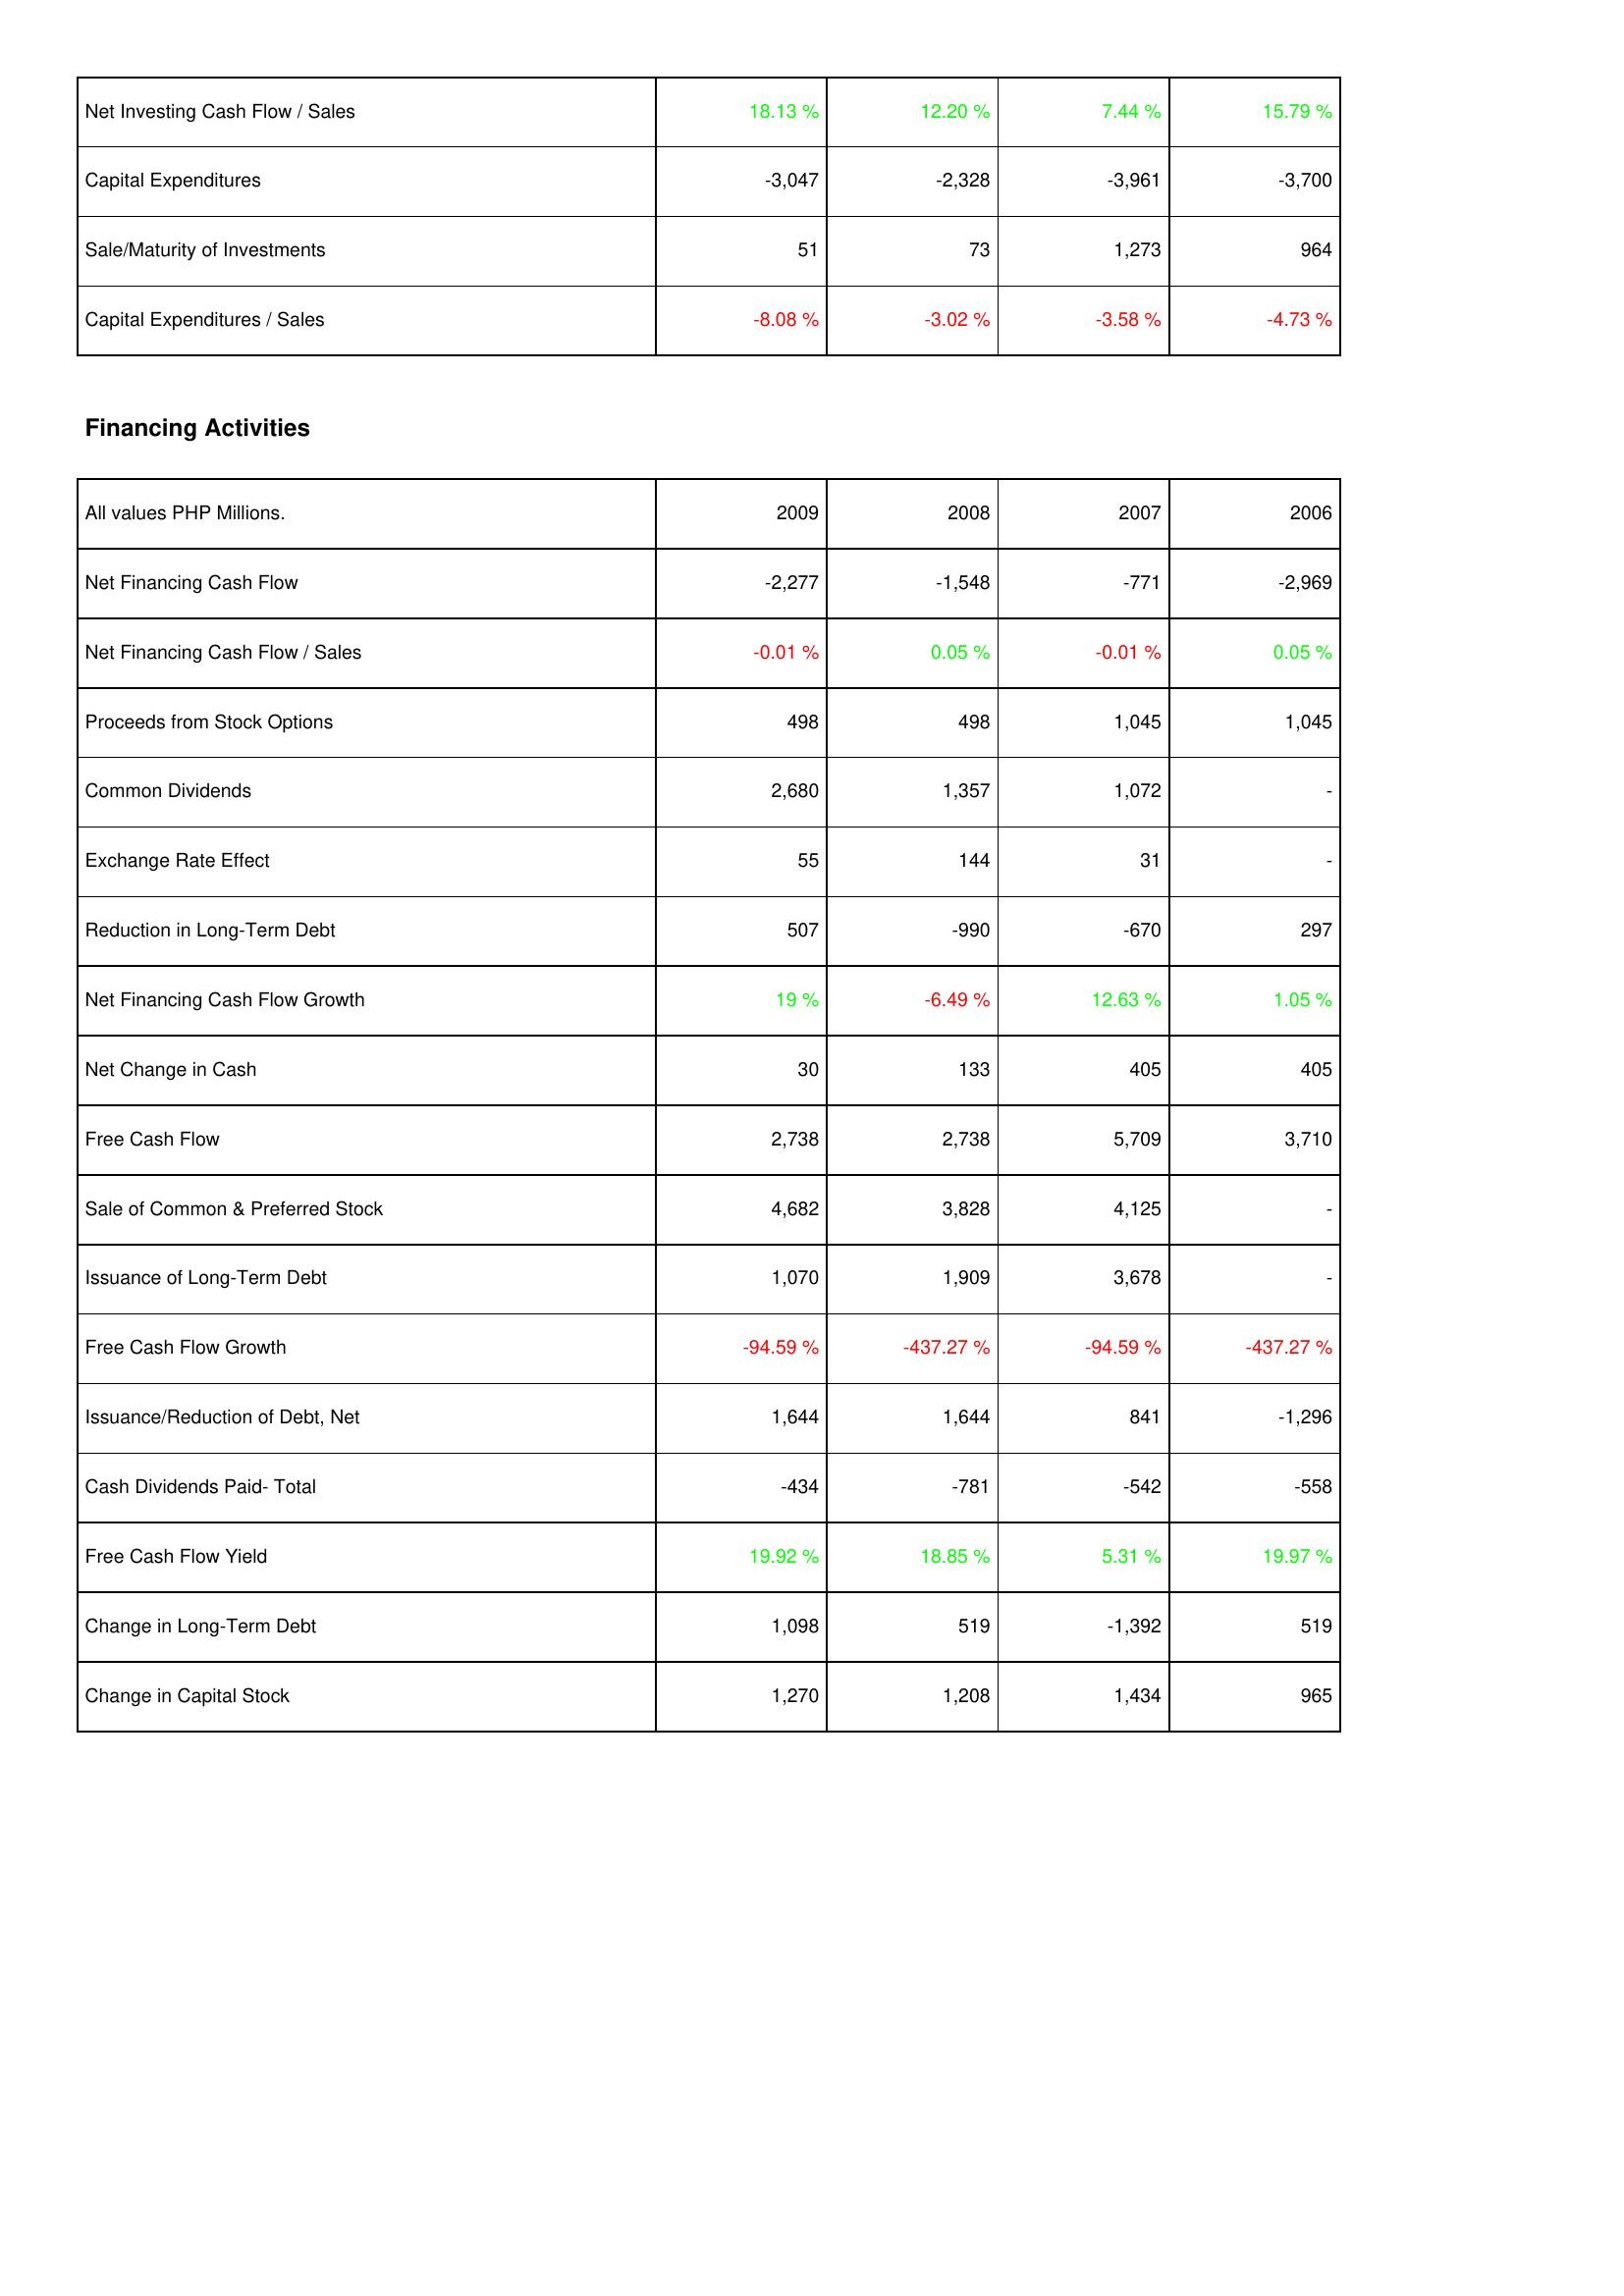
2009: Investing Activities: Net Investing Cash Flow / Sales: 18.13 %
Capital Expenditures: -3,047
Sale/Maturity of Investments: 51
Capital Expenditures / Sales: -8.08 %
Financing Activities: Net Financing Cash Flow: -2,277
Net Financing Cash Flow / Sales: -0.01 %
Proceeds from Stock Options: 498
Common Dividends: 2,680
Exchange Rate Effect: 55
Reduction in Long-Term Debt: 507
Net Financing Cash Flow Growth: 19 %
Net Change in Cash: 30
Free Cash Flow: 2,738
Sale of Common & Preferred Stock: 4,682
Issuance of Long-Term Debt: 1,070
Free Cash Flow Growth: -94.59 %
Issuance/Reduction of Debt, Net: 1,644
Cash Dividends Paid- Total: -434
Free Cash Flow Yield: 19.92 %
Change in Long-Term Debt: 1,098
Change in Capital Stock: 1,270
2008: Investing Activities: Net Investing Cash Flow / Sales: 12.20 %
Capital Expenditures: -2,328
Sale/Maturity of Investments: 73
Capital Expenditures / Sales: -3.02 %
Financing Activities: Net Financing Cash Flow: -1,548
Net Financing Cash Flow / Sales: 0.05 %
Proceeds from Stock Options: 498
Common Dividends: 1,357
Exchange Rate Effect: 144
Reduction in Long-Term Debt: -990
Net Financing Cash Flow Growth: -6.49 %
Net Change in Cash: 133
Free Cash Flow: 2,738
Sale of Common & Preferred Stock: 3,828
Issuance of Long-Term Debt: 1,909
Free Cash Flow Growth: -437.27 %
Issuance/Reduction of Debt, Net: 1,644
Cash Dividends Paid- Total: -781
Free Cash Flow Yield: 18.85 %
Change in Long-Term Debt: 519
Change in Capital Stock: 1,208
2007: Investing Activities: Net Investing Cash Flow / Sales: 7.44 %
Capital Expenditures: -3,961
Sale/Maturity of Investments: 1,273
Capital Expenditures / Sales: -3.58 %
Financing Activities: Net Financing Cash Flow: -771
Net Financing Cash Flow / Sales: -0.01 %
Proceeds from Stock Options: 1,045
Common Dividends: 1,072
Exchange Rate Effect: 31
Reduction in Long-Term Debt: -670
Net Financing Cash Flow Growth: 12.63 %
Net Change in Cash: 405
Free Cash Flow: 5,709
Sale of Common & Preferred Stock: 4,125
Issuance of Long-Term Debt: 3,678
Free Cash Flow Growth: -94.59 %
Issuance/Reduction of Debt, Net: 841
Cash Dividends Paid- Total: -542
Free Cash Flow Yield: 5.31 %
Change in Long-Term Debt: -1,392
Change in Capital Stock: 1,434
2006: Investing Activities: Net Investing Cash Flow / Sales: 15.79 %
Capital Expenditures: -3,700
Sale/Maturity of Investments: 964
Capital Expenditures / Sales: -4.73 %
Financing Activities: Net Financing Cash Flow: -2,969
Net Financing Cash Flow / Sales: 0.05 %
Proceeds from Stock Options: 1,045
Common Dividends: -
Exchange Rate Effect: -
Reduction in Long-Term Debt: 297
Net Financing Cash Flow Growth: 1.05 %
Net Change in Cash: 405
Free Cash Flow: 3,710
Sale of Common & Preferred Stock: -
Issuance of Long-Term Debt: -
Free Cash Flow Growth: -437.27 %
Issuance/Reduction of Debt, Net: -1,296
Cash Dividends Paid- Total: -558
Free Cash Flow Yield: 19.97 %
Change in Long-Term Debt: 519
Change in Capital Stock: 965